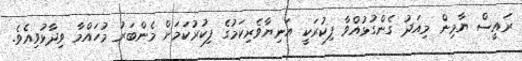
ރައީސް ޔާމިން މިއަދު ގެންގުޅުއްވާ ފިކުރަކީ އަނިޔާވެރިކަމުގެ ފިކުރުކަމަށް މެންބަރު މުހައްމާ ވިދާޅުވިއެވެ.